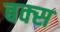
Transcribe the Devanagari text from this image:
बक्‍स